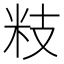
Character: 𥸳